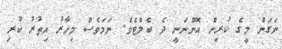
ނަގަން މީގެ ކުރިން އޮންނަނީ ދެ ބެލްޓެވެ. ނަމަވެސް މިހާރު އިތުރު ކުރި